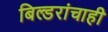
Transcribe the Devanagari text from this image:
बिल्डरांचाही